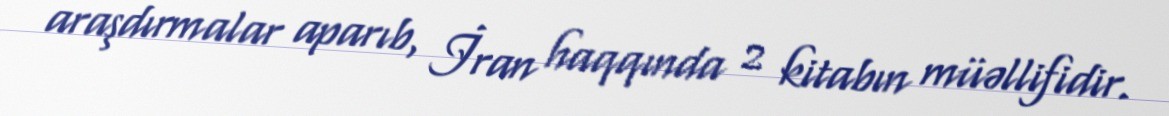
araşdırmalar aparıb, İran haqqında 2 kitabın müəllifidir.